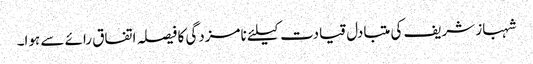
شہباز شریف کی متبادل قیادت کیلئے نامزدگی کا فیصلہ اتفاق رائے سے ہوا۔